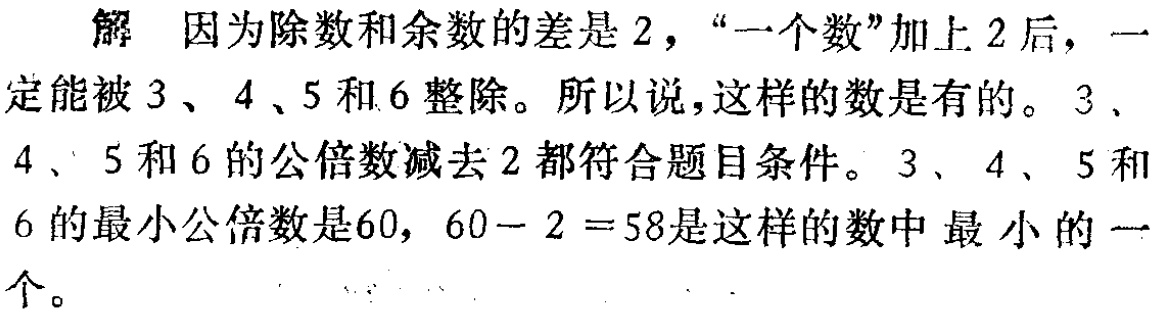
解 因为除数和余数的差是$2$，“一个数”加上$2$后，一定能被$3$、$4$、$5$和$6$整除。所以说，这样的数是有的。$3$、$4$、$5$和$6$的公倍数减去$2$都符合题目条件。$3$、$4$、$5$和$6$的最小公倍数是$60$，$60 - 2 = 58$是这样的数中最小的一个。